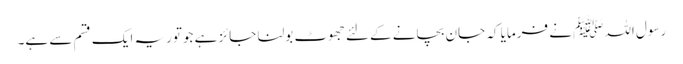
رسول اللہﷺ نے فرمایا کہ جان بچانے کےلئے جھوٹ بولنا جائز ہے جوتوریہ ایک قسم سے ہے۔